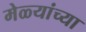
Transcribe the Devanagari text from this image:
मेळ्यांच्या